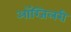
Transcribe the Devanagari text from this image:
ऑग्जिलरी